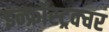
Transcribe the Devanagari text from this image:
इन्फ्रॉस्ट्रक्चर